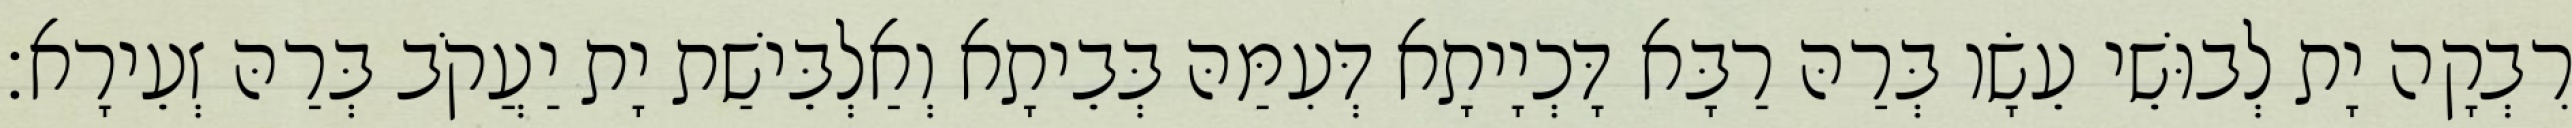
רִבְקָה יָת לְבוּשֵׁי עֵשָׂו בְּרַהּ רַבָּא דָּכְיָיתָא דְּעִמַּהּ בְּבֵיתָא וְאַלְבֵּישַׁת יָת יַעֲקֹב בְּרַהּ זְעֵירָא׃